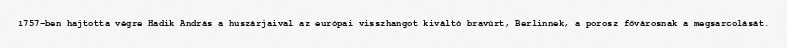
1757-ben hajtotta végre Hadik András a huszárjaival az európai visszhangot kiváltó bravúrt, Berlinnek, a porosz fővárosnak a megsarcolását.